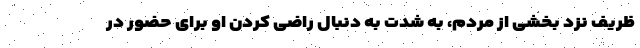
ظریف نزد بخشی از مردم، به شدت به دنبال راضی کردن او برای حضور در